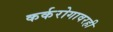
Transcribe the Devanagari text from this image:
कर्करोगावरही